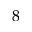
8